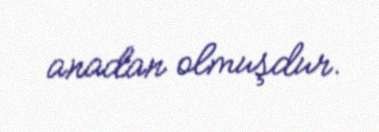
anadan olmuşdur.